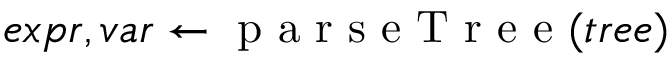
e x p r , v a r \gets \mathrm { ~ p ~ a ~ r ~ s ~ e ~ T ~ r ~ e ~ e ~ } ( t r e e )